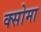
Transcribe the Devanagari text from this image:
क्सोमा